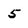
Character: 5